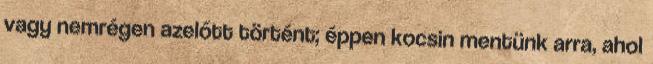
vagy nemrégen azelőtt történt; éppen kocsin mentünk arra, ahol